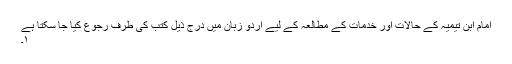
امام ابن تیمیہ کے حالات اور خدمات کے مطالعہ کے لیے اردو زبان میں درج ذیل کتب کی طرف رجوع کیا جا سکتا ہے
١۔